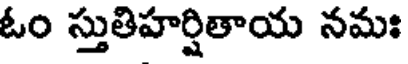
ఓం స్తుతిహర్షితాయ నమః